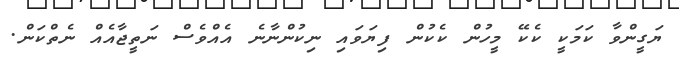
ޔަގީންވާ ކަމަކީ ކެކޭ މީހުން ކެކުން ފިޔަވައި ނިކުންނާނެ އެއްވެސް ނަތީޖާއެއް ނެތްކަން.